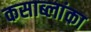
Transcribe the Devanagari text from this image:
कसाब्लांका